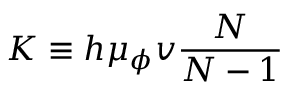
K \equiv h \mu _ { \phi } v \frac { N } { N - 1 }